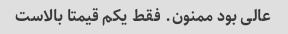
عالی بود ممنون. فقط یکم قیمتا بالاست